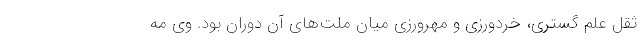
ثقل علم گستری، خردورزی و مهرورزی میان ملت‌های آن دوران بود. وی مه